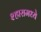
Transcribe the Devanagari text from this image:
श्हारामध्ये